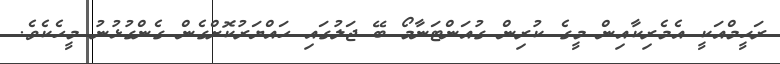
ރަޙީމްއަކީ އެމެރިކާއިން މީގެ ކުރިން ގުއަންޓަނާމޯ ބޭ ޖަލުގައި ހައްޔަރުކޮށްގެން ގެންގުޅުނު މީހެކެވެ.